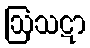
ဩသဋာ